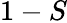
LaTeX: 1-S